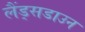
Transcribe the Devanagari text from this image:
लैंड्सडाउन